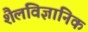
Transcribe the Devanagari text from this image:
शैलविज्ञानिक